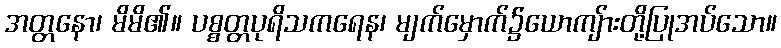
အတ္တနော၊ မိမိ၏။ ပစ္စတ္တပုရိသကရေန၊ မျက်မှောက်၌ယောကျ်ားတို့ပြုအပ်သော။